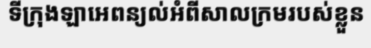
ទីក្រុងឡាអេពន្យល់អំពីសាលក្រមរបស់ខ្លួន